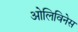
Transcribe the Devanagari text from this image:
ओलिविनेस